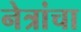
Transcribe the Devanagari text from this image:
नेत्रांचा